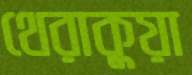
থেরাকুয়া